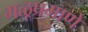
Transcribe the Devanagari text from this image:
गळूप्रमाणे